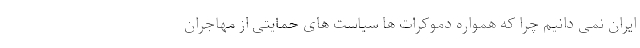
ایران نمی دانیم چرا که همواره دموکرات ها سیاست های حمایتی از مهاجران